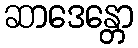
ဆာဒေန္တော